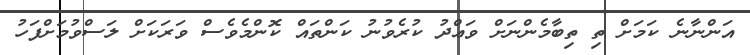
އަންނާނެ ކަމަށް ތި ތިބާމެންނަށް ވަޢްދު ކުރެވުނު ކަންތައް ކޮންމެވެސް ވަރަކަށް ލަސްވުމަށްފަހު